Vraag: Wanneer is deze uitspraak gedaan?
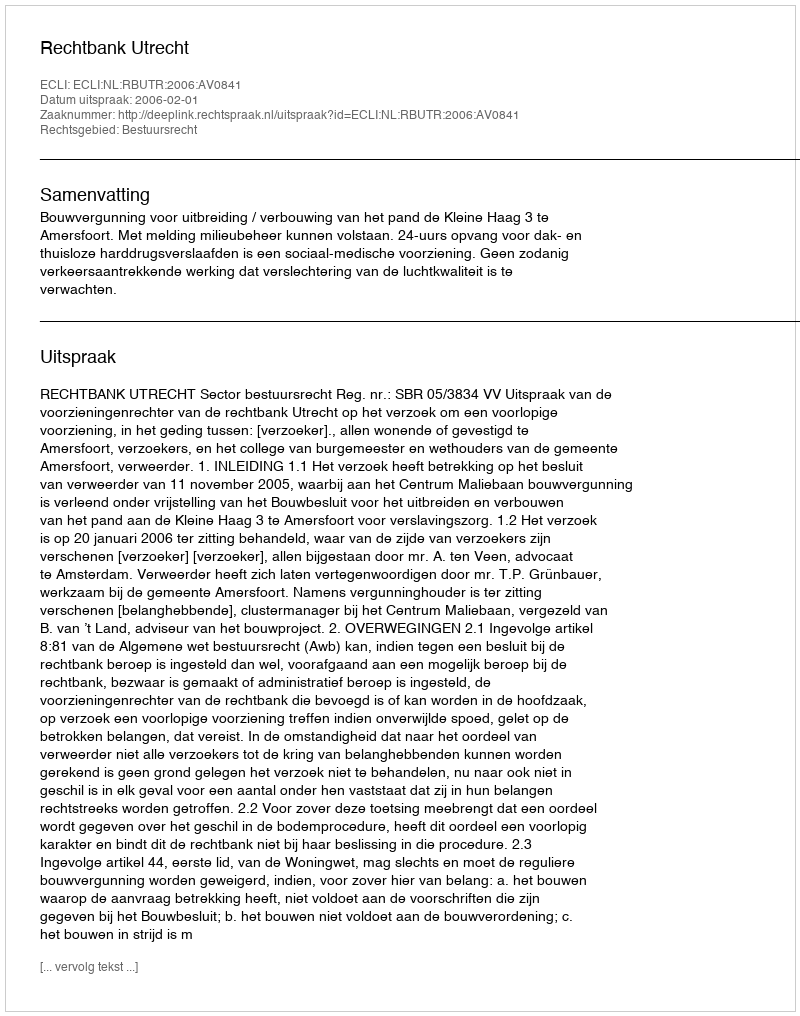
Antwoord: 2006-02-01